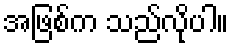
အဖြစ်က သည်လိုပါ။